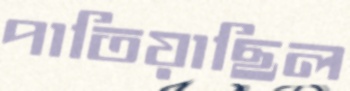
পাতিয়াছিল